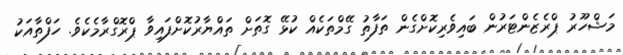
މަޝްހޫރު ޕްރެޒެންޓަރުން ބައިވެރިކޮށްގެން ތަފާތު ގޭމްތަކެއް ކުޅޭ ގޮތަށް ތައްޔާރުކޮށްފައިވާ ޕްރޮގްރާމެކެވެ. ހަފްތާއަކު